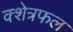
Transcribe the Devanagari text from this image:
क्शेत्रफल